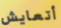
أتعايش